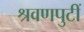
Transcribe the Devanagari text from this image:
श्रवणपुटीं